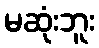
မဆုံးဘူး